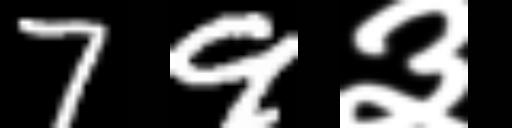
Text: 79३